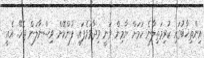
އިންތިޚާބުގައި ކުރިމަތިލާނެ ކަމަށް ޔާމިން ވަނީ ވިދާޅުވެފައި. ފުންކޮށް ވިސްނާލަން ޖެހޭ. އެއީ